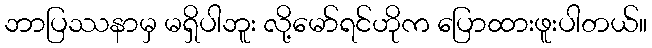
ဘာပြဿနာမှ မရှိပါဘူး လို့မော်ရင်ဟိုက ပြောထားဖူးပါတယ်။